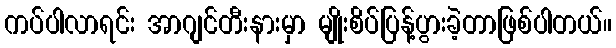
ကပ်ပါလာရင်း အာဂျင်တီးနားမှာ မျိုးစိပ်ပြန့်ပွားခဲ့တာဖြစ်ပါတယ်။